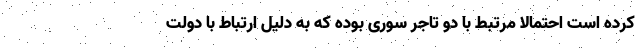
کرده است احتمالا مرتبط با دو تاجر سوری بوده که به دلیل ارتباط با دولت